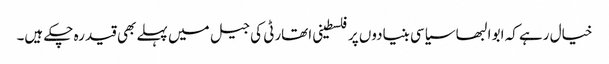
خیال رہے کہ ابو البھا سیاسی بنیادوں پر فلسطینی اتھارٹی کی جیل میں پہلے بھی قید رہ چکے ہیں۔